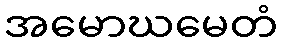
အမောဃမေတံ